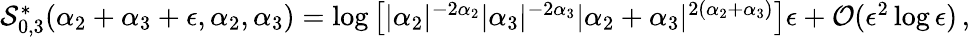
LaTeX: \begin{array}{r}{\mathcal{S}_{0,3}^{\ast}(\alpha_{2}+\alpha_{3}+\epsilon,\alpha_{2},\alpha_{3})=\log\left[|\alpha_{2}|^{-2\alpha_{2}}|\alpha_{3}|^{-2\alpha_{3}}|\alpha_{2}+\alpha_{3}|^{2(\alpha_{2}+\alpha_{3})}\right]\epsilon+\mathcal{O}(\epsilon^{2}\log\epsilon)\, ,}\end{array}